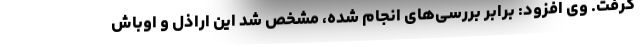
گرفت. وی افزود: برابر بررسی‌های انجام شده، مشخص شد این اراذل و اوباش